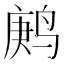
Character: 鹒